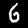
Label: 6